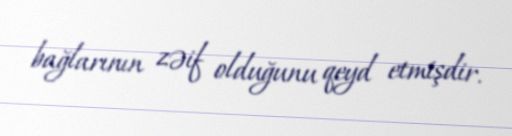
bağlarının zəif olduğunu qeyd etmişdir.